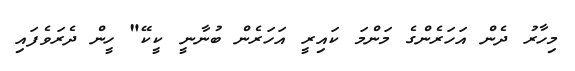
މިހާރު ދެން އަހަރެންގެ މަންމަ ކައިރީ އަހަރެން ބުނާނީ ކީކޭ" ހީން ދެރަވެފައި